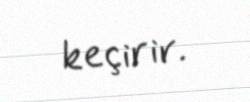
keçirir.